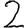
Digit: 2